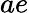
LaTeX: ae